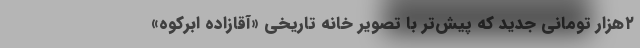
۲هزار تومانی جدید که پیش‌تر با تصویر خانه تاریخی «آقازاده ابرکوه»